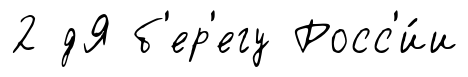
2 дЯ б'ер'егу Росс'и́и